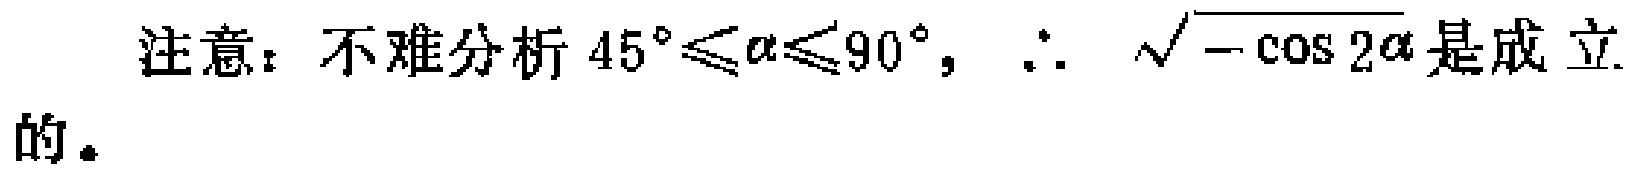
注意：不难分析 \(45^{\circ}\leq\alpha\leq90^{\circ},\ \therefore\ \sqrt{-\cos 2\alpha}\) 是成立的。